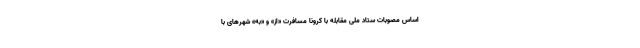
اساس مصوبات ستاد ملی مقابله با کرونا مسافرت «از» و «به» شهرهای با